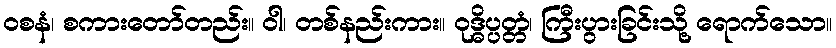
ဝစနံ၊ စကားတော်တည်း။ ဝါ၊ တစ်နည်းကား။ ဝုဒ္ဓိပ္ပတ္တံ၊ ကြီးပွားခြင်းသို့ ရောက်သော။